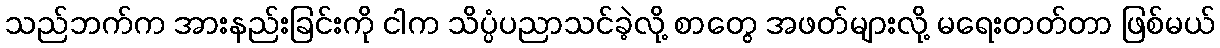
သည်ဘက်က အားနည်းခြင်းကို ငါက သိပ္ပံပညာသင်ခဲ့လို့ စာတွေ အဖတ်များလို့ မရေးတတ်တာ ဖြစ်မယ်